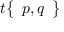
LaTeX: t { \left\{ \begin{array} { l } { p , q } \end{array} \right\} }